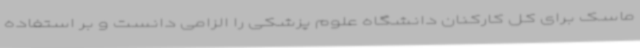
ماسک برای کل کارکنان دانشگاه علوم پزشکی را الزامی دانست و بر استفاده